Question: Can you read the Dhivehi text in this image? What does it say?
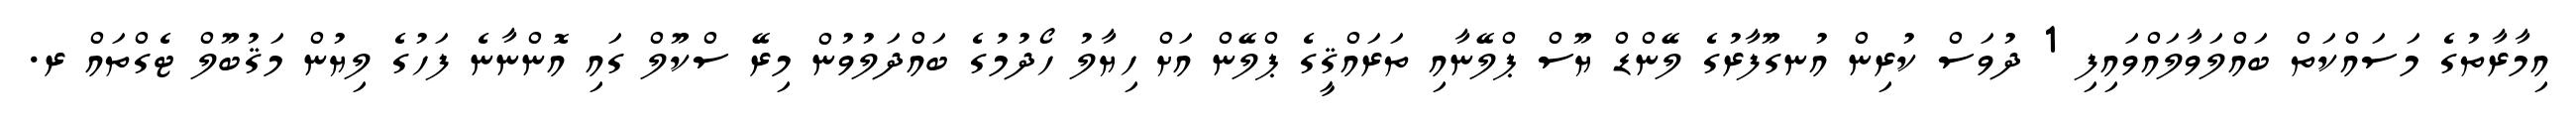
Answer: އިމާރާތުގެ މަސައްކަތް ބައްލަވާލައްވައިފި 1 ދުވަސް ކުރިން އުނގޫފާރުގެ ލޭންޑް ޔޫސް ޕްލޭނާއި ތަރައްޤީގެ ޕްލޭން އަށް ހިޔާލު ހޯދުމުގެ ބައްދަލުވުން މިރޭ ސްކޫލް ގައި އޮންނާނެ ފަހުގެ ލިޔުން މަޤުބޫލް ޓެގްތައް ރ.